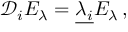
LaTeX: { \mathcal D } _ { i } E _ { \lambda } = \underline { { { \lambda _ { i } } } } E _ { \lambda } \, ,